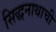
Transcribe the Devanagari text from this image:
सिद्धनाथाची